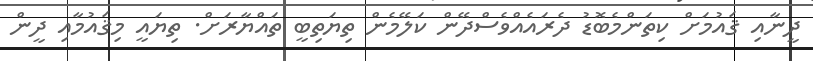
ދީނާއި ޤައުމަށް ކިތަންމެބޮޑު ދެރައެއްވެސްދޭން ކަލޭމެން ތިޔަތިބީ ތައްޔާރަށް. ތިޔައީ މިޤައުމާއި ދީން